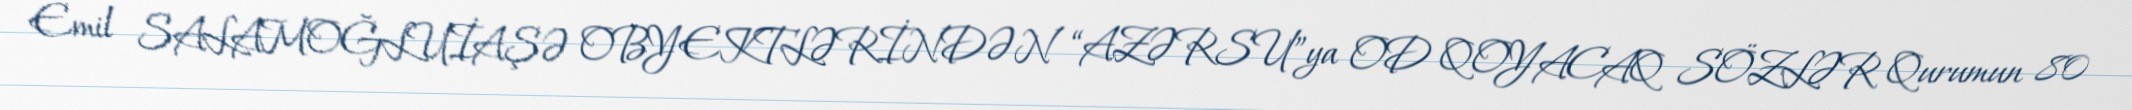
Emil SALAMOĞLUİAŞƏ OBYEKTLƏRİNDƏN “AZƏRSU”ya OD QOYACAQ SÖZLƏR Qurumun 80